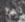
لها